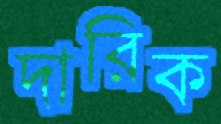
দারিক